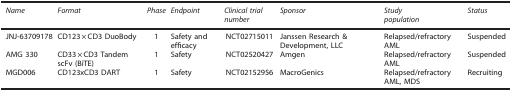
<table><thead><tr><td><b><i>Name</i></b></td><td><b><i>Format</i></b></td><td><b><i>Phase</i></b></td><td><b><i>Endpoint</i></b></td><td><b><i>Clinical trial number</i></b></td><td><b><i>Sponsor</i></b></td><td><b><i>Study population</i></b></td><td><b><i>Status</i></b></td></tr></thead><tbody><tr><td>JNJ-63709178</td><td>CD123 × CD3 DuoBody</td><td>1</td><td>Safety and efficacy</td><td>NCT02715011</td><td>Janssen Research &amp; Development, LLC</td><td>Relapsed/refractory AML</td><td>Suspended</td></tr><tr><td>AMG 330</td><td>CD33 × CD3 Tandem scFv (BiTE)</td><td>1</td><td>Safety</td><td>NCT02520427</td><td>Amgen</td><td>Relapsed/refractory AML</td><td>Suspended</td></tr><tr><td>MGD006</td><td>CD123xCD3 DART</td><td>1</td><td>Safety</td><td>NCT02152956</td><td>MacroGenics</td><td>Relapsed/refractory AML, MDS</td><td>Recruiting</td></tr></tbody></table>